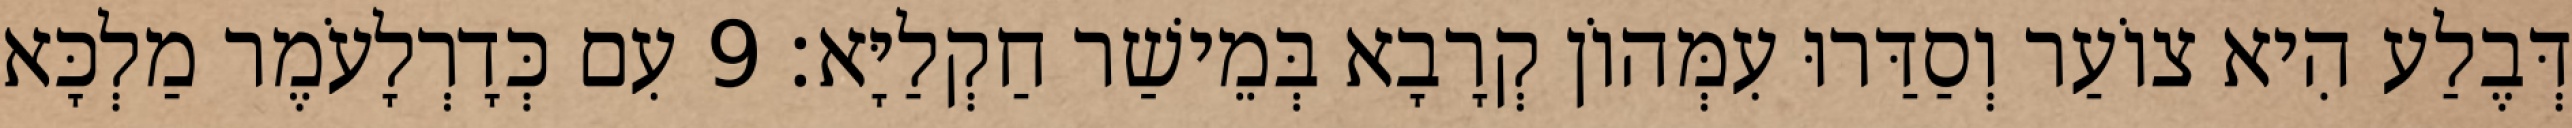
דְּבֶלַע הִיא צוֹעַר וְסַדַּרוּ עִמְּהוֹן קְרָבָא בְּמֵישַׁר חַקְלַיָּא׃ 9 עִם כְּדָרְלָעֹמֶר מַלְכָּא